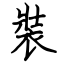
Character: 裝